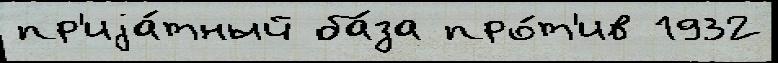
пр'иjа́тный ба́за про́т'ив 1932